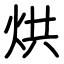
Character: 烘